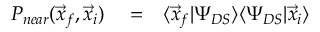
\begin{array} { r l r } { P _ { n e a r } ( \vec { x } _ { f } , \vec { x } _ { i } ) } & { { } = } & { \langle \vec { x } _ { f } | \Psi _ { D S } \rangle \langle \Psi _ { D S } | \vec { x } _ { i } \rangle } \end{array}